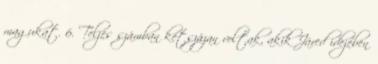
magukat. 6. Teljes számban kétszázan voltak, akik Járed idejében